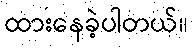
ထားနေခဲ့ပါတယ်။